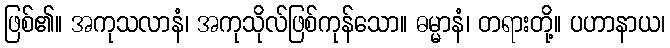
ဖြစ်၏။ အကုသလာနံ၊ အကုသိုလ်ဖြစ်ကုန်သော။ ဓမ္မာနံ၊ တရားတို့။ ပဟာနာယ၊